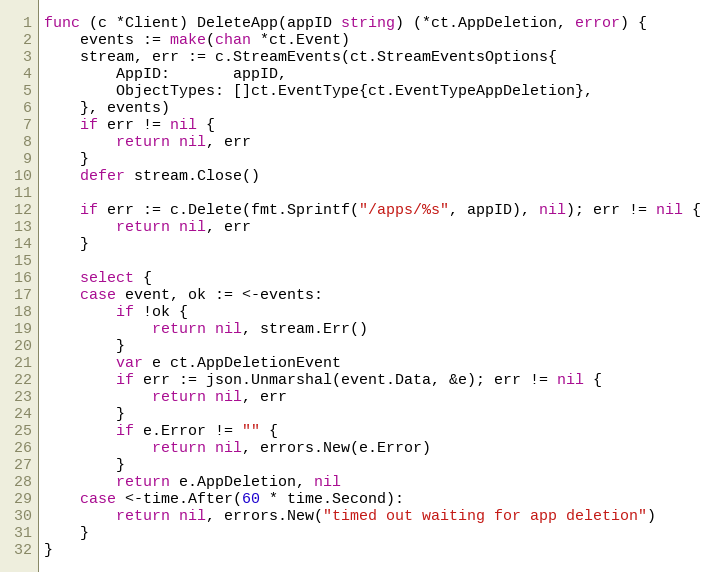
Language: Go
func (c *Client) DeleteApp(appID string) (*ct.AppDeletion, error) {
	events := make(chan *ct.Event)
	stream, err := c.StreamEvents(ct.StreamEventsOptions{
		AppID:       appID,
		ObjectTypes: []ct.EventType{ct.EventTypeAppDeletion},
	}, events)
	if err != nil {
		return nil, err
	}
	defer stream.Close()

	if err := c.Delete(fmt.Sprintf("/apps/%s", appID), nil); err != nil {
		return nil, err
	}

	select {
	case event, ok := <-events:
		if !ok {
			return nil, stream.Err()
		}
		var e ct.AppDeletionEvent
		if err := json.Unmarshal(event.Data, &e); err != nil {
			return nil, err
		}
		if e.Error != "" {
			return nil, errors.New(e.Error)
		}
		return e.AppDeletion, nil
	case <-time.After(60 * time.Second):
		return nil, errors.New("timed out waiting for app deletion")
	}
}